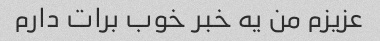
عزیزم من یه خبر خوب برات دارم